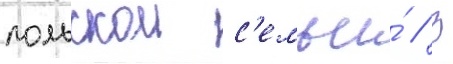
польскои с'емьи́ // В